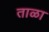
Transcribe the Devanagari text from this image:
ताळा